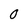
Character: 0